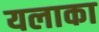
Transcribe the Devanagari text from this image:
यलाका